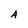
Character: A